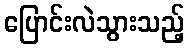
ပြောင်းလဲသွားသည့်